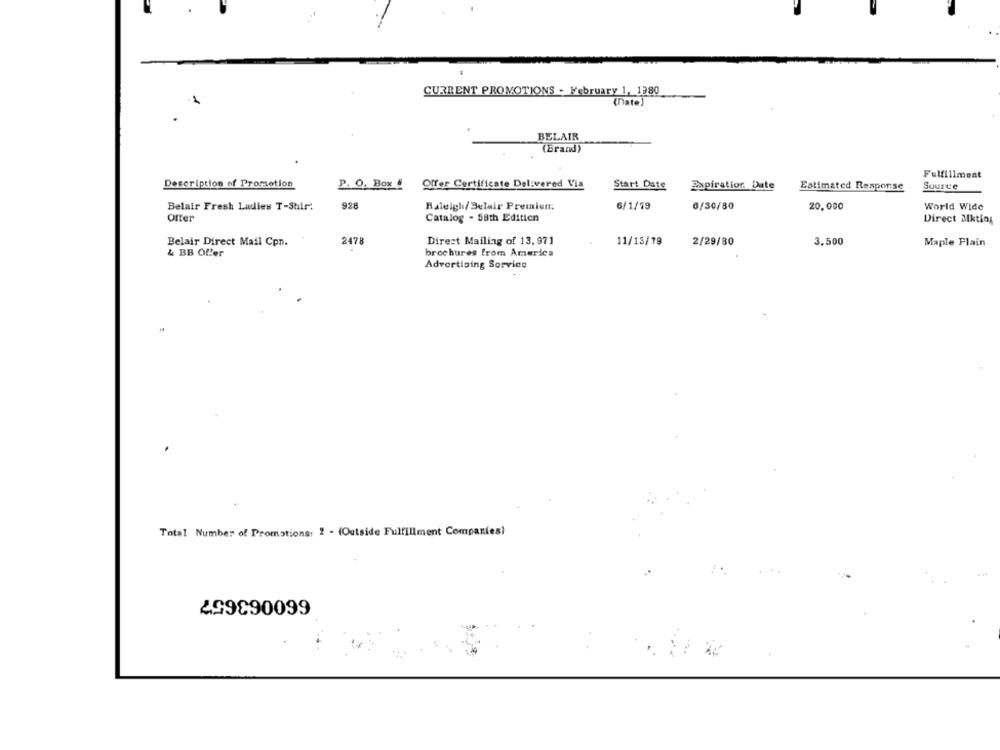
CURRENT PROMOTIONS . February 1, 1980
(Date)
BELAIR
(Brand)
Fulfillment
Description of Promotion
P. O. Box #
Offer Certificate Delivered Via
Start Date
Zapiratior. Date
Estimated Response
Source
Belair Fresh Ladies T-Shir:
928
Raleigh/ Belair Premiun:
6/1/19
6/30/80
20.000
World Wide
Offer
Catalog - 58th Edition
Direct Mktiny
Direct Mailing of 13. 971
Belair Direct Mail Cpn.
2478
11/13/19
2/29/80
3,500
Maple Plain
& BB Offer
brochures from America
Advertising Service
Total Number of Promotions: 2 - (Outside Fulfillment Companies)
299890099